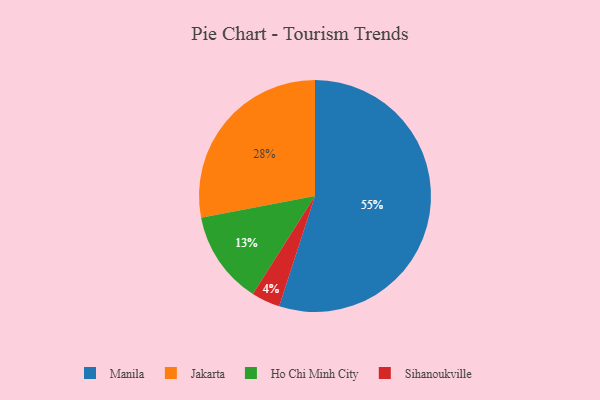
{"axis": {"x": "Category", "y": "Percentage"}, "legend": ["Ho Chi Minh City", "Jakarta", "Manila", "Sihanoukville"], "data": [{"x": "Ho Chi Minh City", "y": 13, "type": "Ho Chi Minh City"}, {"x": "Manila", "y": 55, "type": "Manila"}, {"x": "Sihanoukville", "y": 4, "type": "Sihanoukville"}, {"x": "Jakarta", "y": 28, "type": "Jakarta"}]}